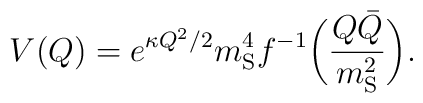
V(Q) = e^{\kappa Q^2/2}m_{\rm S}^4f^{-1}\biggl(\frac{Q\bar Q}{m_{\rm S}^2}\biggr ).